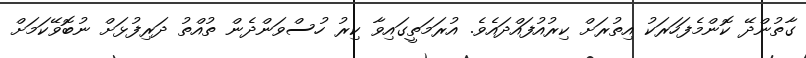
ގާތުންދޭ ކޮންމެފަހަރަކު އިތުރަށް ކިރުއުފައްދައެވެ. އުރަމަތީގައިވާ ކިރު ހުސްވަންދެން ތުއްތު ދަރިފުޅަށް ނުބޮވޭކަމަށް